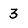
Character: 3